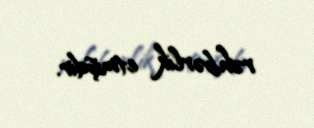
rəhbərlik etmişdir.